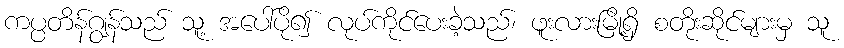
ကပ္ပတိန်ဂျွန်သည် သူ့ အပေါ်ပို၍ လုပ်ကိုင်ပေးခဲ့သည်၊ ဖူးလားမြို့ရှိ စတိုးဆိုင်များမှ သူ